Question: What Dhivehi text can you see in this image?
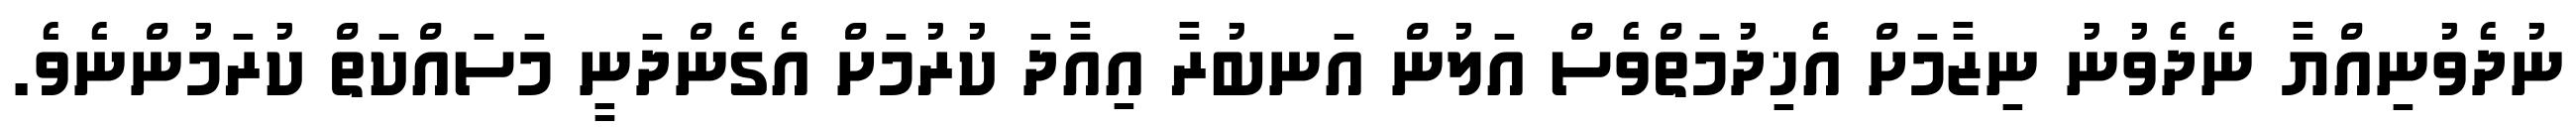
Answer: ނުދެވުނިއްޔާ ނެދެވުނު ނިޒާމަށް އެޚިދުމަތްވެސް އަލުން އަނބުރާ އިއާދަ ކުރުމަށް އެގެންދަނީ މަސައްކަތް ކުރަމުންނެވެ.